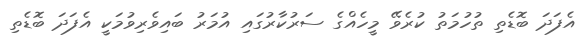
އެފަދަ ބޮޑެތި ތުހުމަތު ކުރެވޭ މީހެއްގެ ސަރުކާރުގައި އުމަރު ބައިވެރިވުމަކީ އެފަދަ ބޮޑެތި